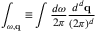
\int _ { \omega , { \bf q } } \equiv \int \frac { d \omega } { 2 \pi } \frac { d ^ { d } { \bf q } } { ( 2 \pi ) ^ { d } }